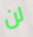
لن